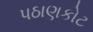
પઠાણકોટ